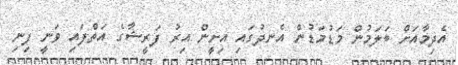
އެދިމާއަށް ބަލަމުން މަޑުމަޑުން އެނދުގައި އިށީން އިރު ފަރީޝާގެ އަތްފައި ވަނީ ފިނި